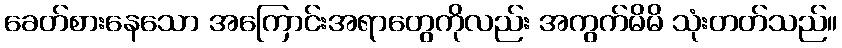
ခေတ်စားနေသော အကြောင်းအရာတွေကိုလည်း အကွက်မိမိ သုံးတတ်သည်။